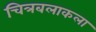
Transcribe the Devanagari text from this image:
चित्रबलाकला